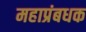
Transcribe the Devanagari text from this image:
महाप्रंबधक